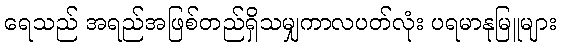
ရေသည် အရည်အဖြစ်တည်ရှိသမျှကာလပတ်လုံး ပရမာနုမြူများ